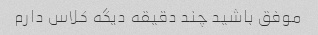
موفق باشید چند دقیقه دیگه کلاس دارم